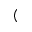
(